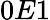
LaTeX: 0E1